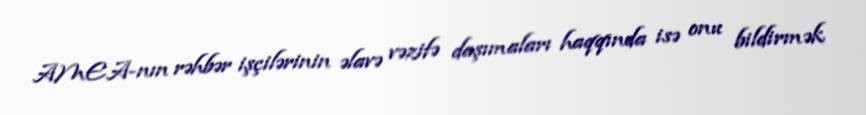
AMEA-nın rəhbər işçilərinin əlavə vəzifə daşımaları haqqında isə onu bildirmək